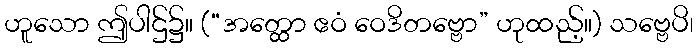
ဟူသော ဤပါဌ်၌။ (“အတ္ထော ဧဝံ ဝေဒိတဗ္ဗော” ဟုထည့်။) သဗ္ဗေပိ၊